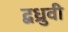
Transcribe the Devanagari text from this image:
द्वध्रुवी